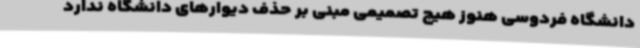
دانشگاه فردوسی هنوز هیچ تصمیمی مبنی بر حذف دیوارهای دانشگاه ندارد